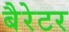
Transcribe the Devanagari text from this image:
बैरेटर